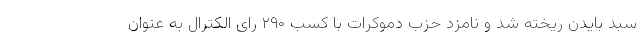
سبد بایدن ریخته شد و نامزد حزب دموکرات با کسب ۲۹۰ رای الکترال به عنوان